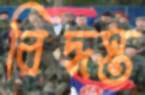
বিদ্ধস্ত